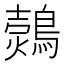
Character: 𪄗